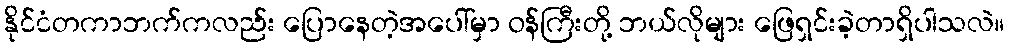
နိုင်ငံတကာဘက်ကလည်း ပြောနေတဲ့အပေါ်မှာ ဝန်ကြီးတို့ ဘယ်လိုများ ဖြေရှင်းခဲ့တာရှိပါသလဲ။